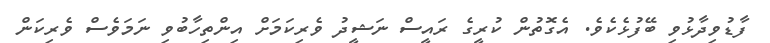
ފާޑުވިދާޅުވި ބޭފުޅެކެވެ. އެގޮތުން ކުރީގެ ރައީސް ނަޝީދު ވެރިކަމަށް އިންތިހާބުވި ނަމަވެސް ވެރިކަން